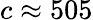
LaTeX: c\approx 505